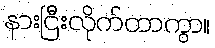
နားငြီးလိုက်တာကွာ။